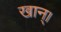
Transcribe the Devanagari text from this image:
खान्।